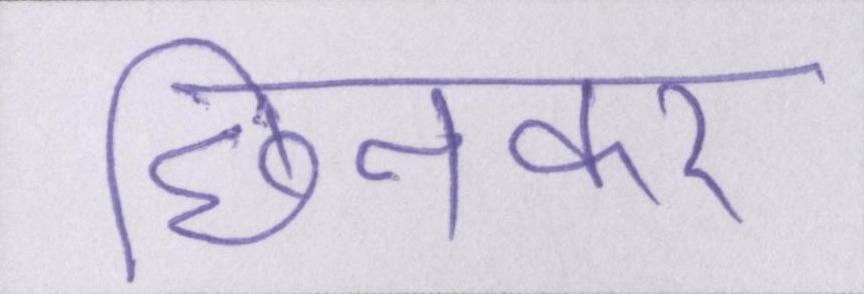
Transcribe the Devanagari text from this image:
छिनकर